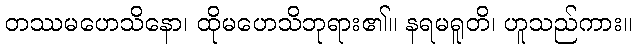
တဿမဟေသိနော၊ ထိုမဟေသိဘုရား၏။ နရမရူတိ၊ ဟူသည်ကား။